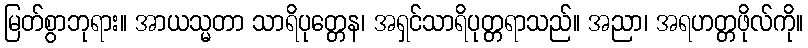
မြတ်စွာဘုရား။ အာယသ္မတာ သာရိပုတ္တေန၊ အရှင်သာရိပုတ္တရာသည်။ အညာ၊ အရဟတ္တဖိုလ်ကို။